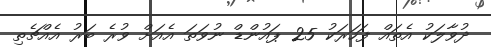
ދުވާލަކު އެތައް ފަހަރަކު 25 ޕައުންޑް ނުވަތަަ އެއަށް ވުރެ ބަރު އެއްޗެތި